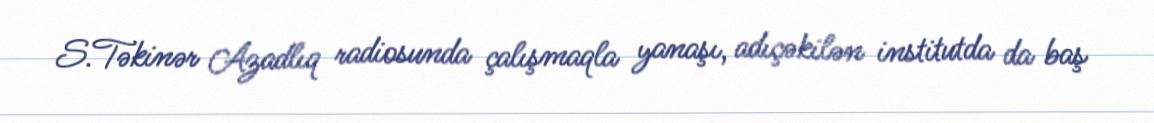
S.Təkinər Azadlıq radiosunda çalışmaqla yanaşı, adıçəkilən institutda da baş